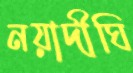
নয়াদীঘি